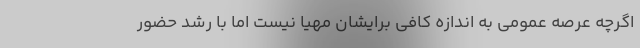
اگرچه عرصه عمومی به اندازه کافی برایشان مهیا نیست اما با رشد حضور